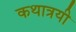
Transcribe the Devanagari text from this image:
कथात्रयी